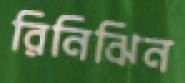
রিনিঝিন